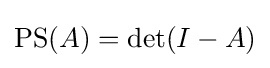
\mathrm {PS} (A)=\det(I-A)